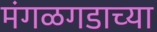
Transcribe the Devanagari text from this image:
मंगळगडाच्या